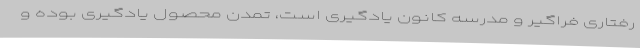
رفتاری فراگیر و مدرسه کانون یادگیری است، تمدن محصول یادگیری بوده و